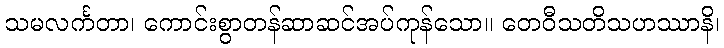
သမလင်္ကတာ၊ ကောင်းစွာတန်ဆာဆင်အပ်ကုန်သော။ တေဝီသတိသဟဿာနိ၊